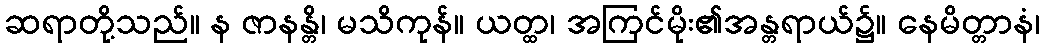
ဆရာတို့သည်။ န ဇာနန္တိ၊ မသိကုန်။ ယတ္ထ၊ အကြင်မိုး၏အန္တရာယ်၌။ နေမိတ္တာနံ၊